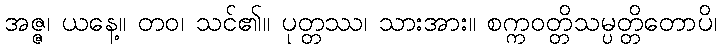
အဇ္ဇ၊ ယနေ့။ တဝ၊ သင်၏။ ပုတ္တဿ၊ သားအား။ စက္ကဝတ္တိသမ္ပတ္တိတောပိ၊